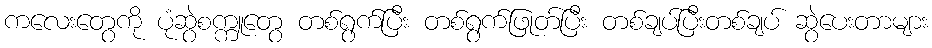
ကလေးတွေကို ပုံဆွဲစက္ကူတွေ တစ်ရွက်ပြီး တစ်ရွက်ဖြုတ်ပြီး တစ်ချပ်ပြီးတစ်ချပ် ဆွဲပေးတာများ